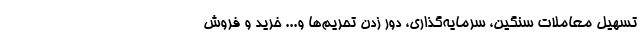
تسهیل معاملات سنگین، سرمایه‌گذاری، دور زدن تحریم‌ها و... خرید و فروش